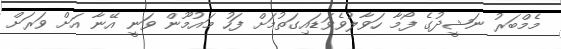
މެމްބަރު ނަޝީދުގެ ފޯމާ ހަވާލުވެވަޑައިގަތުމަށް ފަހު މައުމޫން ވަނީ އޭނާ އަށް ވަރަށް